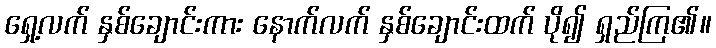
ရှေ့လက် နှစ်ချောင်းကား နောက်လက် နှစ်ချောင်းထက် ပို၍ ရှည်ကြ၏။